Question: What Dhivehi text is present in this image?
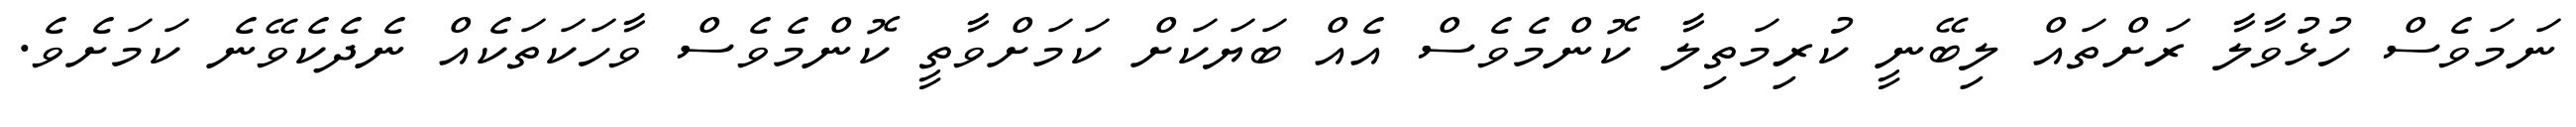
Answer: ނަމަވެސް ހުޅުވާލާ ރަށްތައް ލިބޭނީ ކުރިމަތިލާ ކޮންމެވެސް އެއް ބަޔަކަށް ކަމަށްވާތީ ކޮންމެވެސް ވާހަކަތަކެއް ނެދެކެވޭނެ ކަމަށެވެ.